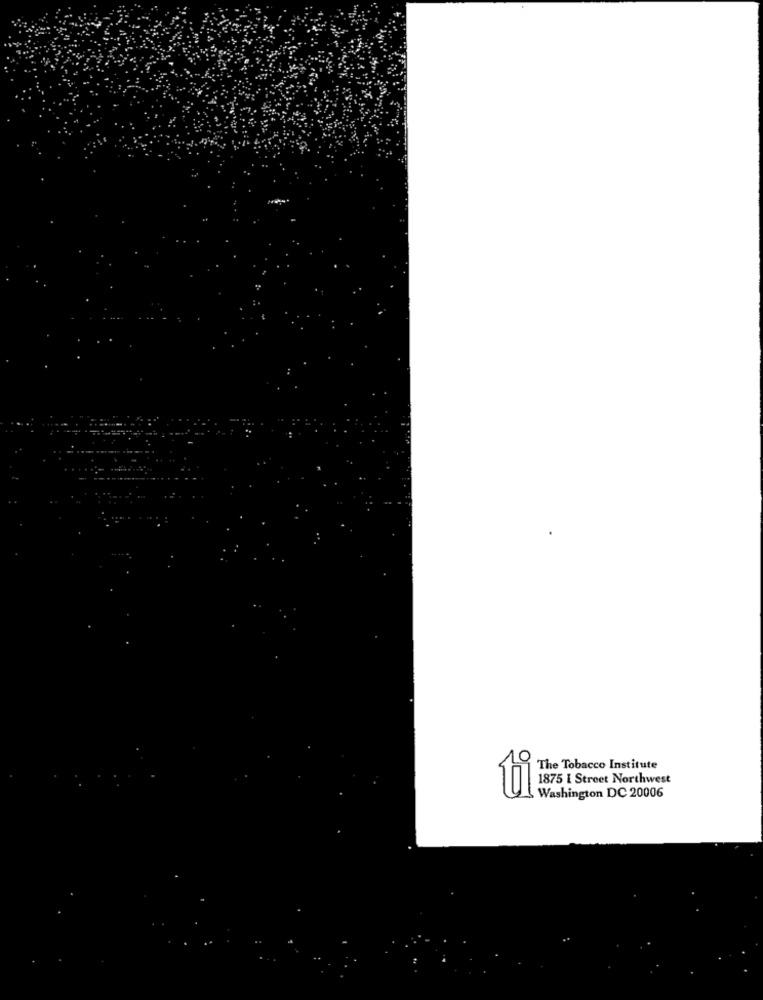
10
The Tobacco Institute
1057 Street Northwest
Washington DC 20006